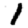
Digit: 1